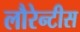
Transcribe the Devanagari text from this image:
लौरेन्टीस